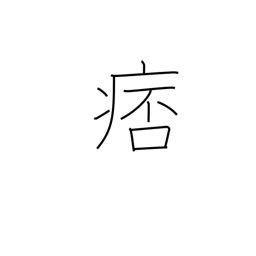
Meaning: costiveness in chest or intestines